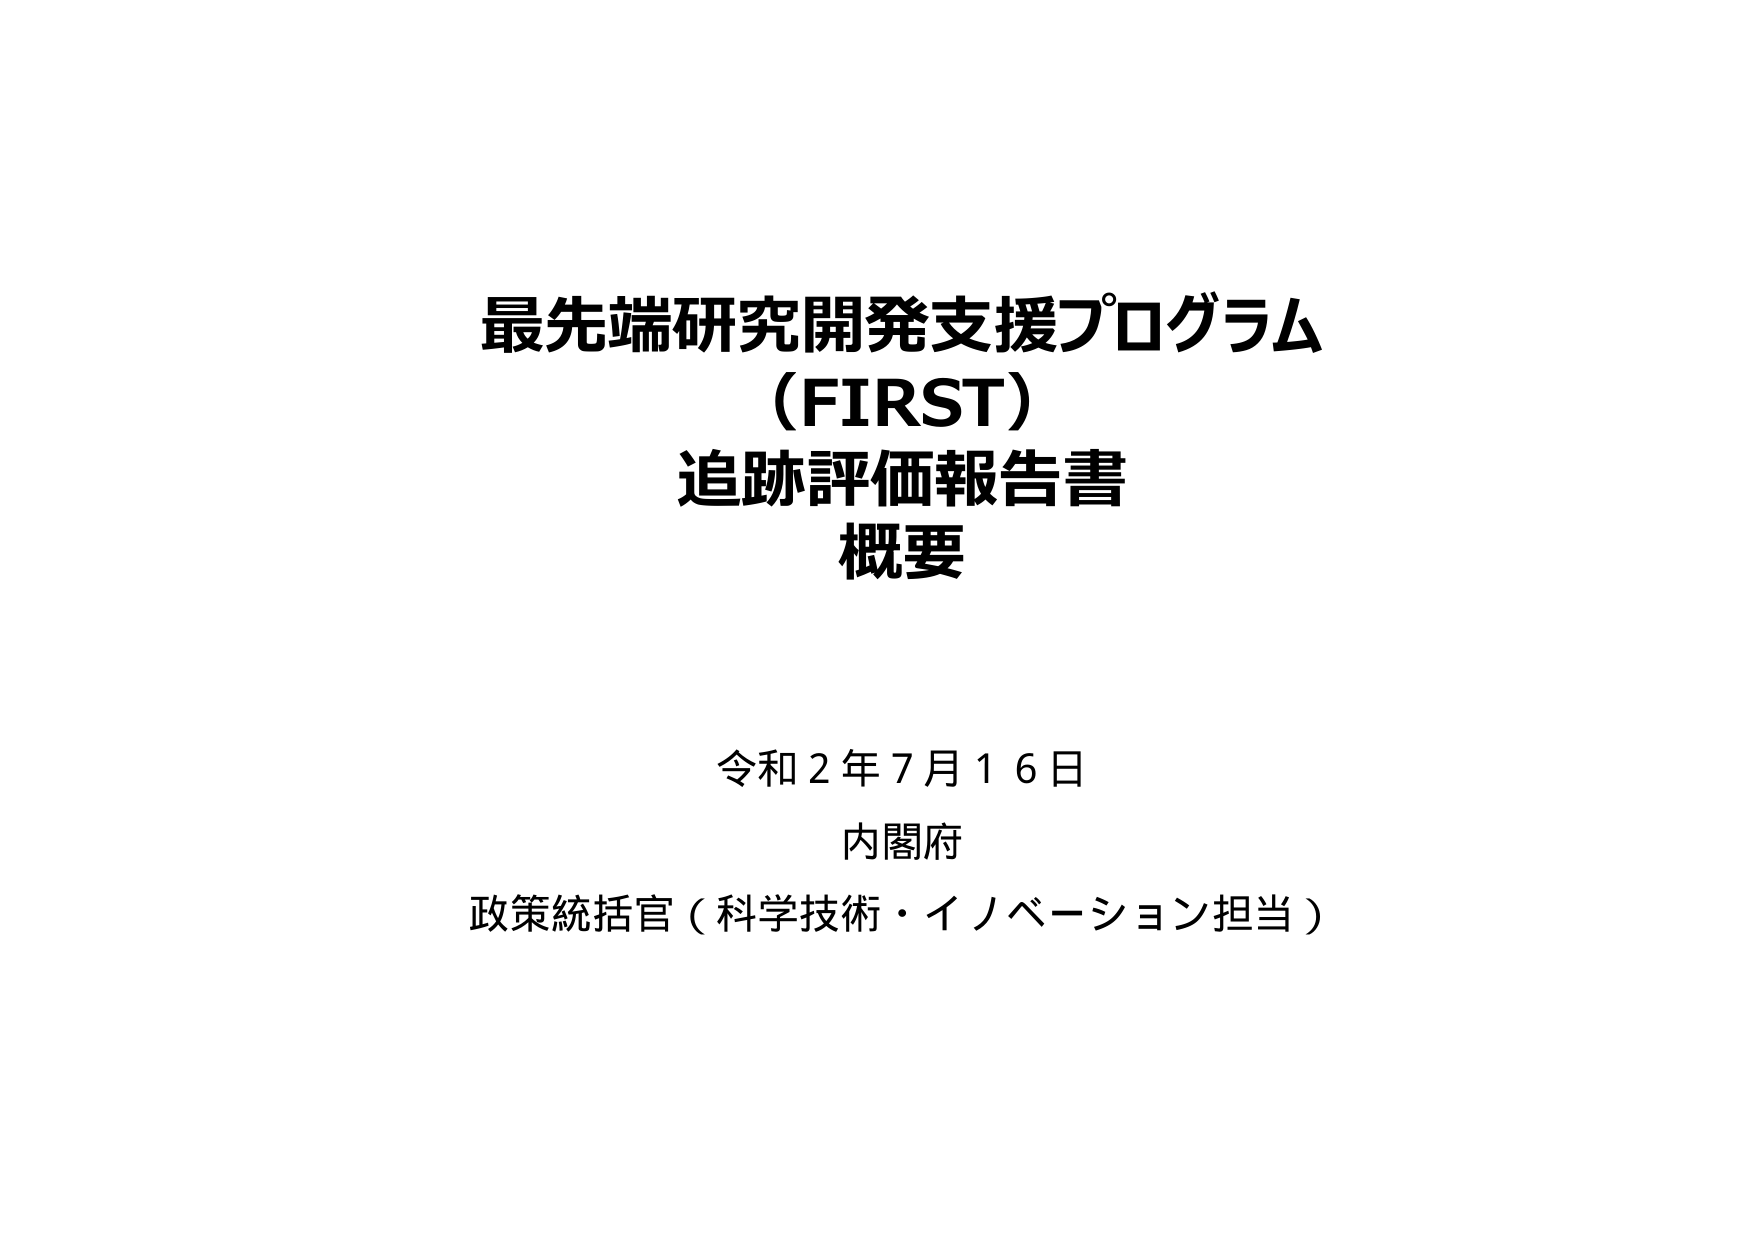
最先端研究開発支援プログラム
（FIRST）
追跡評価報告書
概要

令和２年７月１６日
内閣府
政策統括官（科学技術・イノベーション担当）